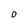
Character: 0